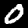
Digit: 0